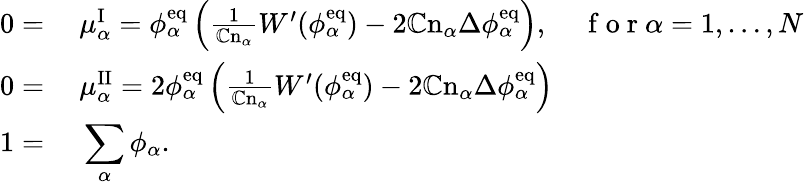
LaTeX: \begin{array}{rlr}{0=}&{{}~\mu_{\alpha}^{\mathrm{I}}=\phi_{\alpha}^{\mathrm{eq}}\left(\frac{1}{\mathbb{C}\mathrm{n}_{\alpha}}W^{\prime}(\phi_{\alpha}^{\mathrm{eq}})-2\mathbb{C}\mathrm{n}_{\alpha}\Delta\phi_{\alpha}^{\mathrm{eq}}\right),}&{\mathrm{~f~o~r~}\alpha=1,\dots,N}\\ {0=}&{{}~\mu_{\alpha}^{\mathrm{II}}=2\phi_{\alpha}^{\mathrm{eq}}\left(\frac{1}{\mathbb{C}\mathrm{n}_{\alpha}}W^{\prime}(\phi_{\alpha}^{\mathrm{eq}})-2\mathbb{C}\mathrm{n}_{\alpha}\Delta\phi_{\alpha}^{\mathrm{eq}}\right)}\\ {1=}&{{}~\displaystyle\sum_{\alpha}\phi_{\alpha}.}&{}\end{array}